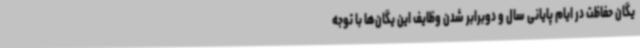
یگان حفاظت در ایام پایانی سال و دوبرابر شدن وظایف این یگان‌ها با توجه